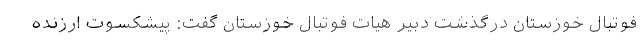
فوتبال خوزستان درگذشت دبیر هیات فوتبال خوزستان گفت: پیشکسوت ارزنده